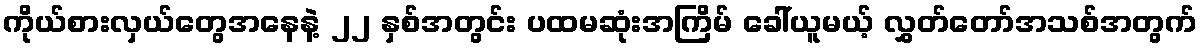
ကိုယ်စားလှယ်တွေအနေနဲ့ ၂၂ နှစ်အတွင်း ပထမဆုံးအကြိမ် ခေါ်ယူမယ့် လွှတ်တော်အသစ်အတွက်